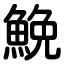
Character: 鮸